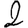
Digit: 2